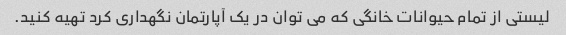
لیستی از تمام حیوانات خانگی که می توان در یک آپارتمان نگهداری کرد تهیه کنید.